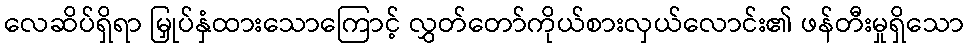
လေဆိပ်ရှိရာ မြှုပ်နှံထားသောကြောင့် လွှတ်တော်ကိုယ်စားလှယ်လောင်း၏ ဖန်တီးမှုရှိသော